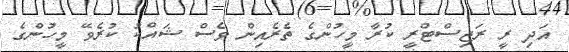
އަދި ރީ ރަޖިސްޓްރީ ކުރާ މީހުންގެ ތެރެއިން ވެސް ޝައްކު ކުރެވޭ މީހުންގެ